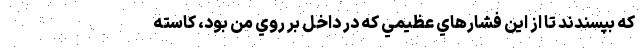
كه بپسندند تا از اين فشارهاي عظيمي كه در داخل بر روي من بود، كاسته